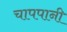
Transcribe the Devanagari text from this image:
चापपानी